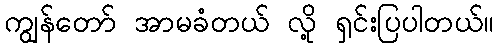
ကျွန်တော် အာမခံတယ် လို့ ရှင်းပြပါတယ်။